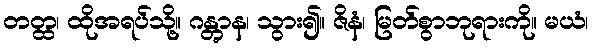
တတ္ထ၊ ထိုအရပ်သို့။ ဂန္တွာန၊ သွား၍။ ဇိနံ၊ မြတ်စွာဘုရားကို။ မယံ၊